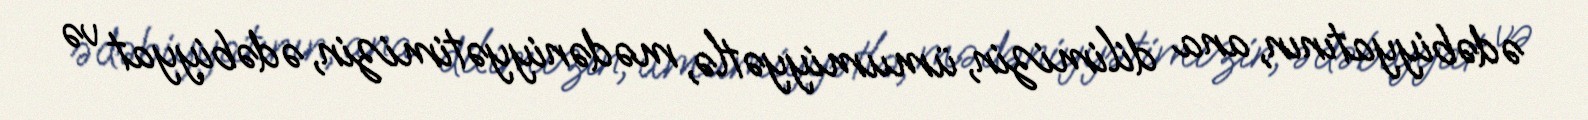
ədəbiyyatının, ana dilimizin, ümumiyyətlə, mədəniyyətimizin, ədəbiyyat və